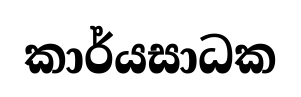
කාර්යසාධක